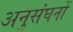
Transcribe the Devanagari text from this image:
अनुसंघनों